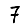
Digit: 7